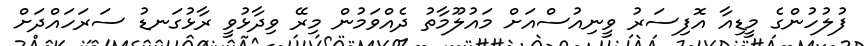
ފުލުހުންގެ މީޑިއާ އޮފިސަރު ވީނިއުސްއަށް މައުލޫމާތު ދެއްވަމުން މިރޭ ވިދާޅުވީ ރާޅުގަނޑު ސަރަހައްދަށް